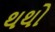
થથો